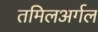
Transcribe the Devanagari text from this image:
तमिलअर्गल